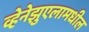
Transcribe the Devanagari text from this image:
व्हेनेझुएलामधील